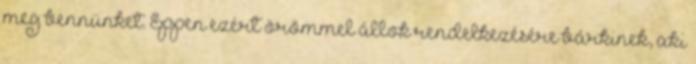
meg bennünket. Éppen ezért örömmel állok rendelkezésére bárkinek, aki